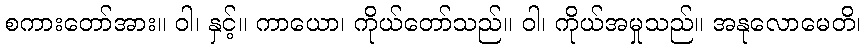
စကားတော်အား။ ဝါ၊ နှင့်။ ကာယော၊ ကိုယ်တော်သည်။ ဝါ၊ ကိုယ်အမှုသည်။ အနုလောမေတိ၊